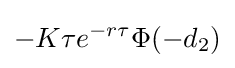
-K\tau e^{-r\tau }\Phi (-d_{2})